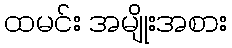
ထမင်း အမျိုးအစား